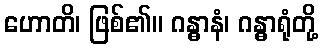
ဟောတိ၊ ဖြစ်၏။ ဂန္ဓာနံ၊ ဂန္ဓာရုံတို့